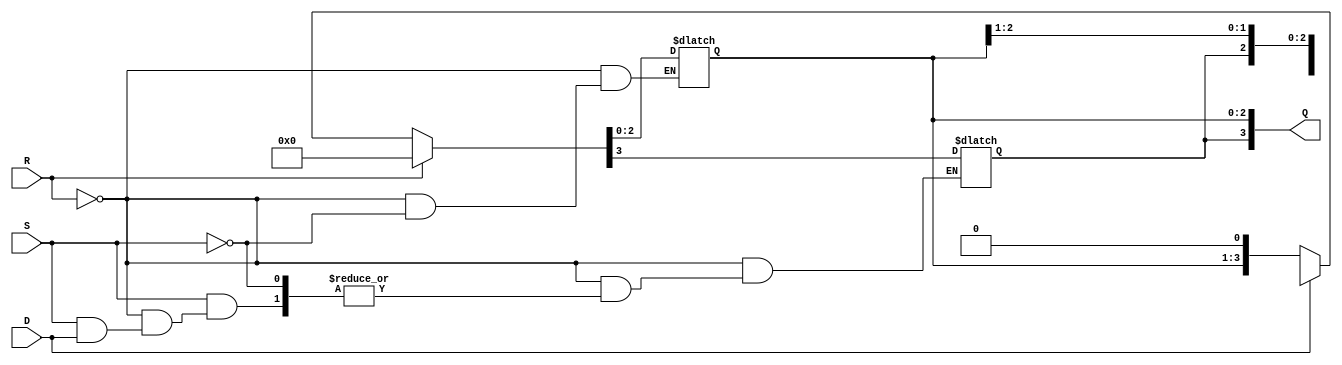
module async_shift_counter (
    input wire S,         // Shift input
    input wire R,         // Asynchronous reset
    input wire D,         // Direction (0: left, 1: right)
    output reg [3:0] Q    // 4-bit Counter Output
);

// Asynchronous reset
always @(*) begin
    if (R) begin
        Q = 4'b0000; // Set counter to zero
    end else if (S) begin
        // Shift operation
        if (D) begin
            // Shift right
            Q = {Q[3], Q[3:1]}; // MSB shifted in from current MSB (or 0 if you want)
        end else begin
            // Shift left
            Q = {Q[2:0], 1'b0}; // LSB shifted in as 0
        end
    end
end

endmodule